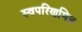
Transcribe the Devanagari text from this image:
स्वपरिणमित्र